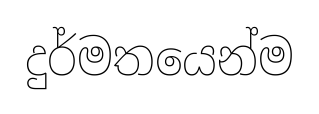
දුර්මතයෙන්ම